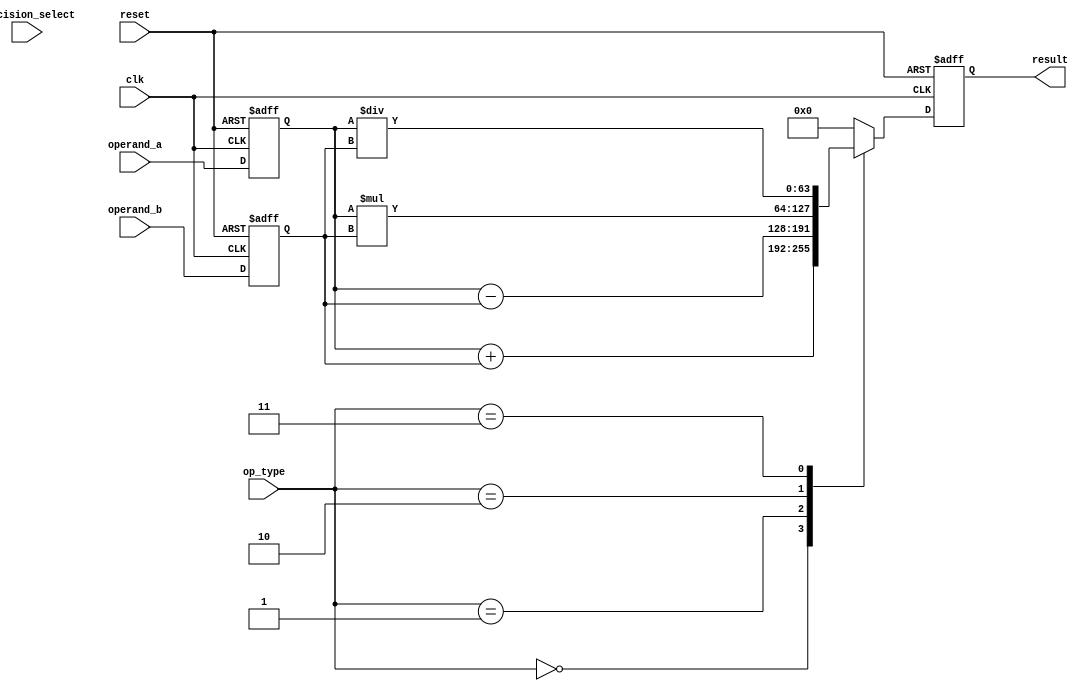
module mixed_precision_float_unit (
  input wire clk, // clock signal
  input wire reset, // reset signal
  input wire [7:0] op_type, // operation type select signal
  input wire [7:0] precision_select, // precision level select signal
  input wire [63:0] operand_a, // input operand A
  input wire [63:0] operand_b, // input operand B
  output reg [63:0] result // output result of the operation
);

// declare registers for storing input operands and result
reg [63:0] reg_operand_a;
reg [63:0] reg_operand_b;

// always block to handle clock and reset signals
always @(posedge clk or posedge reset) begin
  if (reset) begin
    reg_operand_a <= 64'h0;
    reg_operand_b <= 64'h0;
    result <= 64'h0;
  end else begin
    reg_operand_a <= operand_a;
    reg_operand_b <= operand_b;
    case(op_type)
      8'h00: // addition
        result <= reg_operand_a + reg_operand_b;
      8'h01: // subtraction
        result <= reg_operand_a - reg_operand_b;
      8'h02: // multiplication
        result <= reg_operand_a * reg_operand_b;
      8'h03: // division
        result <= reg_operand_a / reg_operand_b;
      default: // default case
        result <= 64'h0;
    endcase
  end
end

endmodule